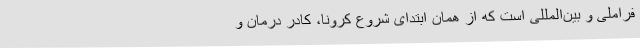
فراملی و بین‌المللی است که از همان ابتدای شروع کرونا، کادر درمان و